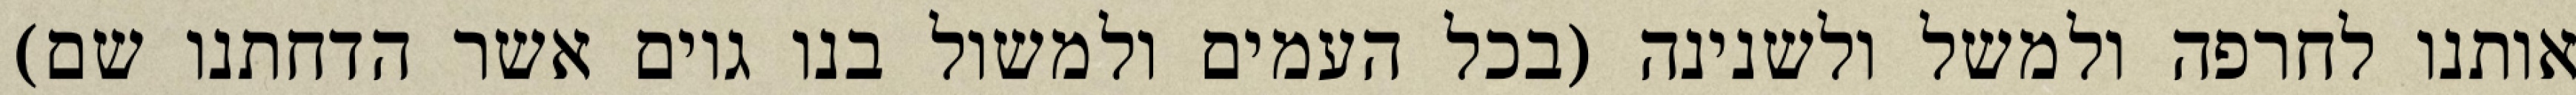
אותנו לחרפה ולמשל ולשנינה (בכל העמים ולמשול בנו גוים אשר הדחתנו שם)